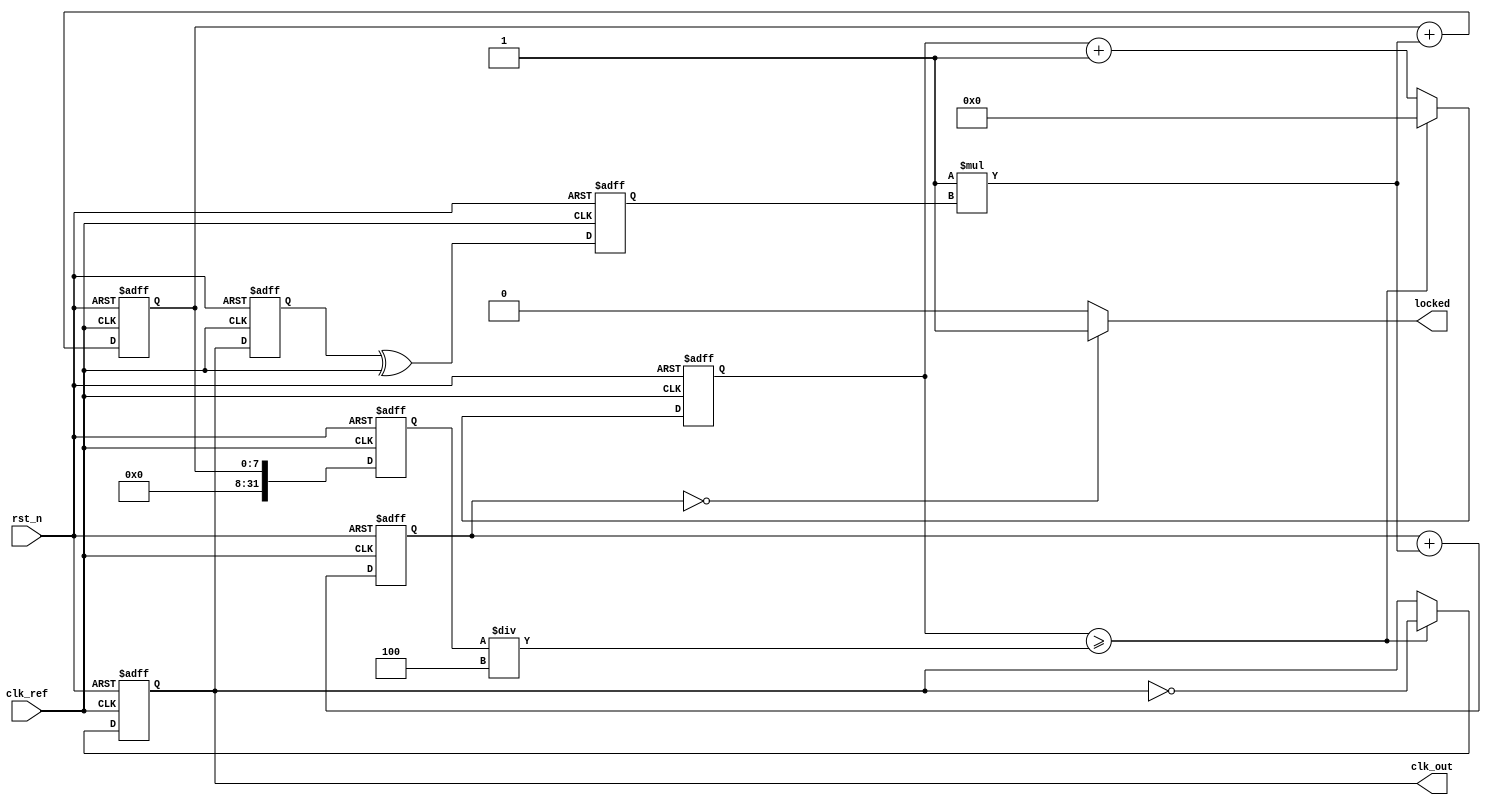
module dual_loop_pll (
    input wire clk_ref,           // Reference clock input
    input wire rst_n,            // Active low reset
    output reg clk_out,          // Output clock
    output wire locked           // Lock indicator
);

    // Parameters
    parameter DIV_RATIO = 4;     // Division ratio for frequency divider
    parameter Kp_inner = 1;       // Proportional gain for inner loop
    parameter Kp_outer = 1;       // Proportional gain for outer loop
    parameter FILTER_SIZE = 8;    // Size of the loop filter

    // Internal signals
    reg [FILTER_SIZE-1:0] inner_filter; // Inner loop filter
    reg [FILTER_SIZE-1:0] outer_filter; // Outer loop filter
    reg [31:0] vco_freq;              // VCO frequency control
    reg [31:0] vco_counter;           // VCO counter
    reg [31:0] feedback;              // Feedback from VCO
    reg phase_error;                  // Phase error signal
    reg locked_reg;                   // Lock status register

    // Phase Detector
    always @(posedge clk_ref or negedge rst_n) begin
        if (!rst_n) begin
            phase_error <= 0;
        end else begin
            // Simple phase detection logic (XOR for example)
            phase_error <= (feedback ^ clk_ref);
        end
    end

    // Inner Loop Filter
    always @(posedge clk_ref or negedge rst_n) begin
        if (!rst_n) begin
            inner_filter <= 0;
        end else begin
            inner_filter <= inner_filter + (Kp_inner * phase_error);
        end
    end

    // VCO Control
    always @(posedge clk_ref or negedge rst_n) begin
        if (!rst_n) begin
            vco_freq <= 0;
            vco_counter <= 0;
            clk_out <= 0;
        end else begin
            vco_freq <= inner_filter; // Control VCO frequency
            if (vco_counter >= (vco_freq / DIV_RATIO)) begin
                clk_out <= ~clk_out; // Toggle output clock
                vco_counter <= 0;
            end else begin
                vco_counter <= vco_counter + 1;
            end
        end
    end

    // Feedback Path
    always @(posedge clk_ref or negedge rst_n) begin
        if (!rst_n) begin
            feedback <= 0;
        end else begin
            feedback <= clk_out; // Feedback VCO output
        end
    end

    // Outer Loop Filter
    always @(posedge clk_ref or negedge rst_n) begin
        if (!rst_n) begin
            outer_filter <= 0;
        end else begin
            outer_filter <= outer_filter + (Kp_outer * phase_error);
        end
    end

    // Lock Indicator
    assign locked = (outer_filter == 0) ? 1 : 0; // Simplified lock condition

endmodule